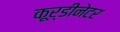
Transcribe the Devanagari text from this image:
कूर्डीनेटर